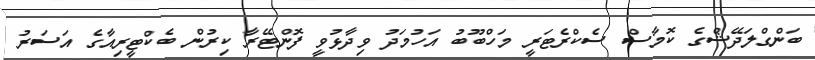
ބަންގްލަދޭޝްގެ ކޮމާސް ސެކްރެޓަރީ މަހްބޫބު އަހުމަދު ވިދާޅުވީ ފޮންޓޭރާ ކިރުން ބެކްޓީރިއާގެ އަސަރު